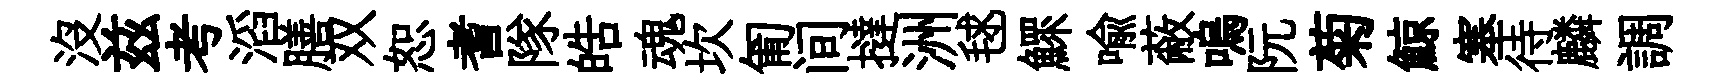
沒兹考滔膳双恕耆隊皓魂坎匍间撻洲毬鰥喻蔽嗚阮菊鯨塞待麟調